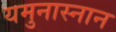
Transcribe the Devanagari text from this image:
यमुनास्नान